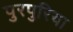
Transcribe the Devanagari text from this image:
पुरपुरिया